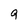
Character: g